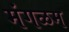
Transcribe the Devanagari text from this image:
मंगळम